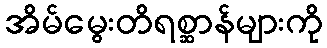
အိမ်မွေးတိရစ္ဆာန်များကို